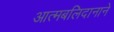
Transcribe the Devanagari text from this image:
आत्मबलिदानाने